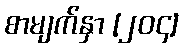
စာမျက်နှာ [၂၀၄]